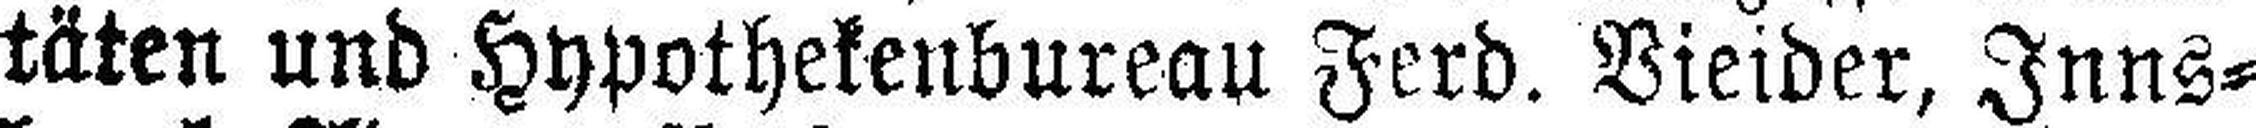
täten und Hypothekenbureau Ferd. Bieider, Inns¬